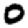
Digit: 0